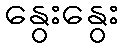
နွေးနွေး